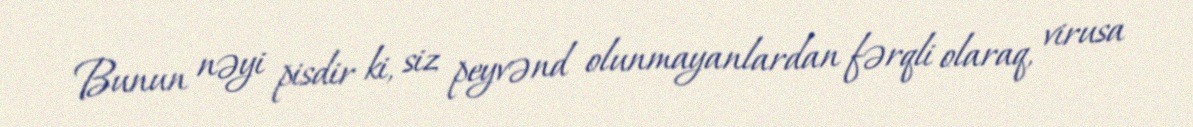
Bunun nəyi pisdir ki, siz peyvənd olunmayanlardan fərqli olaraq, virusa